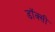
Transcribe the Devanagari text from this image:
डॉक्सी